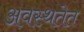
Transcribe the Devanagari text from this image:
अवस्थतेत